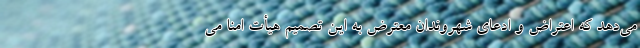
می‌دهد که اعتراض و ادعای شهروندان معترض به این تصمیم هیأت امنا می